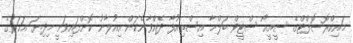
މައިކްރޮސޮފްޓްގެ ސީއީއޯ ސްޓީވް ބަލްމާ އިސްތިއުފާ ދެއްވާނެކަން އިއުލާނު ކޮށްފައިވަނީ މިދިޔަ އަހަރުގެ